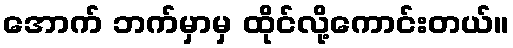
အောက် ဘက်မှာမှ ထိုင်လို့ကောင်းတယ်။